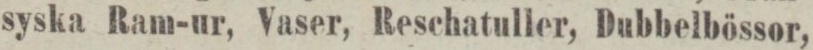
syska Ram-ur, Vaser, Reschatuller, Dubbelbössor,